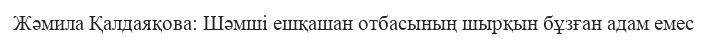
Жәмила Қалдаяқова: Шәмші ешқашан отбасының шырқын бұзған адам емес